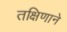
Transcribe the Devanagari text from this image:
तक्षिणाने